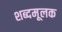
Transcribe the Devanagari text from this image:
शब्दमूलक